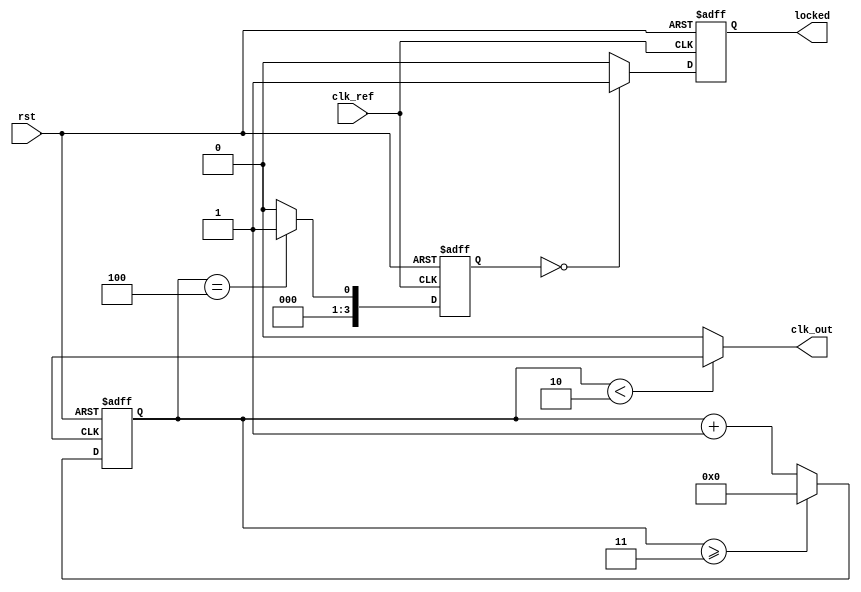
module dual_loop_pll(
    input wire clk_ref,           // Reference clock
    input wire rst,               // Reset signal
    output wire clk_out,          // Output clock
    output wire locked            // Lock status
);

    // Parameters for the design
    parameter integer DIV_RATIO = 4; // Divider ratio for the feedback path
    parameter integer LOOP_INNER_GAIN = 8; // Inner loop gain
    parameter integer LOOP_OUTER_GAIN = 2; // Outer loop gain

    // Internal signals
    reg [3:0] phase_error;          // Phase error output from phase detector
    reg [7:0] vco_frequency;        // VCO frequency control voltage
    wire vco_out;                   // VCO output clock
    reg [1:0] loop_filter_inner;    // Inner loop filter
    reg [1:0] loop_filter_outer;    // Outer loop filter
    reg [3:0] div_counter;          // Divider counter
    reg locked_reg;                 // Lock status register

    // Phase Detector: simplistic phase error generation
    always @(posedge clk_ref or posedge rst) begin
        if (rst) begin
            phase_error <= 4'b0;
        end else begin
            // Compare phase of clk_ref with the scaled VCO output
            // This is a basic phase detection mechanism
            if (div_counter == DIV_RATIO) begin
                phase_error <= 4'b0001; // Example phase error signal
            end else begin
                phase_error <= 4'b0000; // No error
            end
        end
    end

    // Inner Loop Filter
    always @(posedge clk_ref or posedge rst) begin
        if (rst) begin
            loop_filter_inner <= 2'b0;
        end else begin
            loop_filter_inner <= phase_error[1:0] * LOOP_INNER_GAIN; // Proportional control
        end
    end

    // VCO: simplistic model (just toggles at a controlled frequency)
    always @(posedge clk_ref or posedge rst) begin
        if (rst) begin
            vco_frequency <= 8'd0;
        end else begin
            vco_frequency <= vco_frequency + loop_filter_inner; // Adjust frequency
        end
    end

    // Frequency Divider
    always @(posedge vco_out or posedge rst) begin
        if (rst) begin
            div_counter <= 4'b0;
        end else begin
            div_counter <= div_counter + 1;
            if (div_counter >= DIV_RATIO - 1) begin
                div_counter <= 4'b0; // Reset counter
            end
        end
    end

    // Output Clock Generation
    assign clk_out = (div_counter < (DIV_RATIO / 2)) ? vco_out : 1'b0; // Generate output clock

    // Lock Logic
    always @(posedge clk_ref or posedge rst) begin
        if (rst) begin
            locked_reg <= 1'b0;
        end else begin
            // Simple lock detection
            if (phase_error == 4'b0000) begin // If phase error is zero, we are "locked"
                locked_reg <= 1'b1;
            end else begin
                locked_reg <= 1'b0;
            end
        end
    end

    assign locked = locked_reg;

endmodule